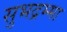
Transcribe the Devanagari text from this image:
सुभद्रम्मा